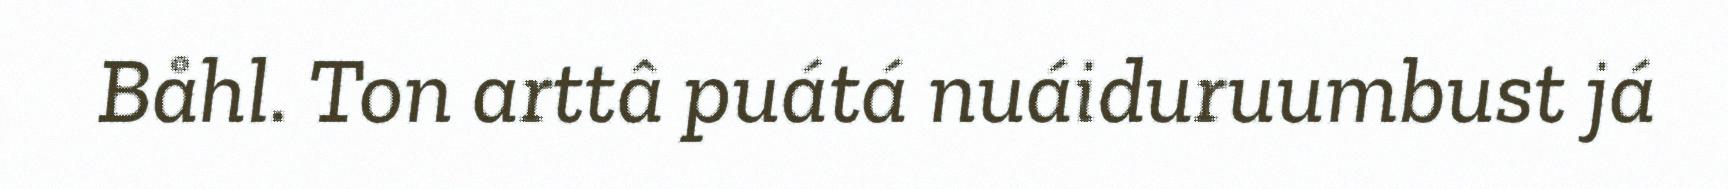
Båhl. Ton arttâ puátá nuáiduruumbust já